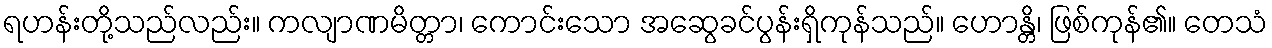
ရဟန်းတို့သည်လည်း။ ကလျာဏမိတ္တာ၊ ကောင်းသော အဆွေခင်ပွန်းရှိကုန်သည်။ ဟောန္တိ၊ ဖြစ်ကုန်၏။ တေသံ